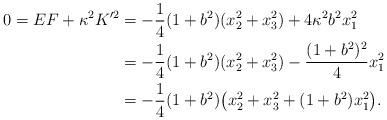
LaTeX: \begin{align*}0 = EF + \kappa^2 K'^2 &= -\frac{1}{4} (1+b^2)(x_2^2 + x_3^2) + 4 \kappa^2 b^2 x_1^2 \\ &= -\frac{1}{4} (1+b^2)(x_2^2 + x_3^2) - \frac{(1+b^2)^2}{4} x_1^2 \\ &= -\frac{1}{4}(1+b^2) \big(x_2^2 + x_3^2 + (1+b^2)x_1^2 \big).\end{align*}